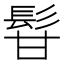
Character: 𩬚